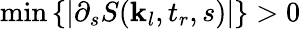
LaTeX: \operatorname*{min}\left\{ \left|\partial_{s}S(\textbf{k}_{l},t_{r},s)\right|\right\} >0